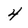
Character: 4